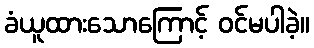
ခံယူထားသောကြောင့် ဝင်မပါခဲ့။